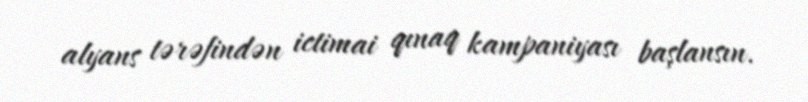
alyans tərəfindən ictimai qınaq kampaniyası başlansın.